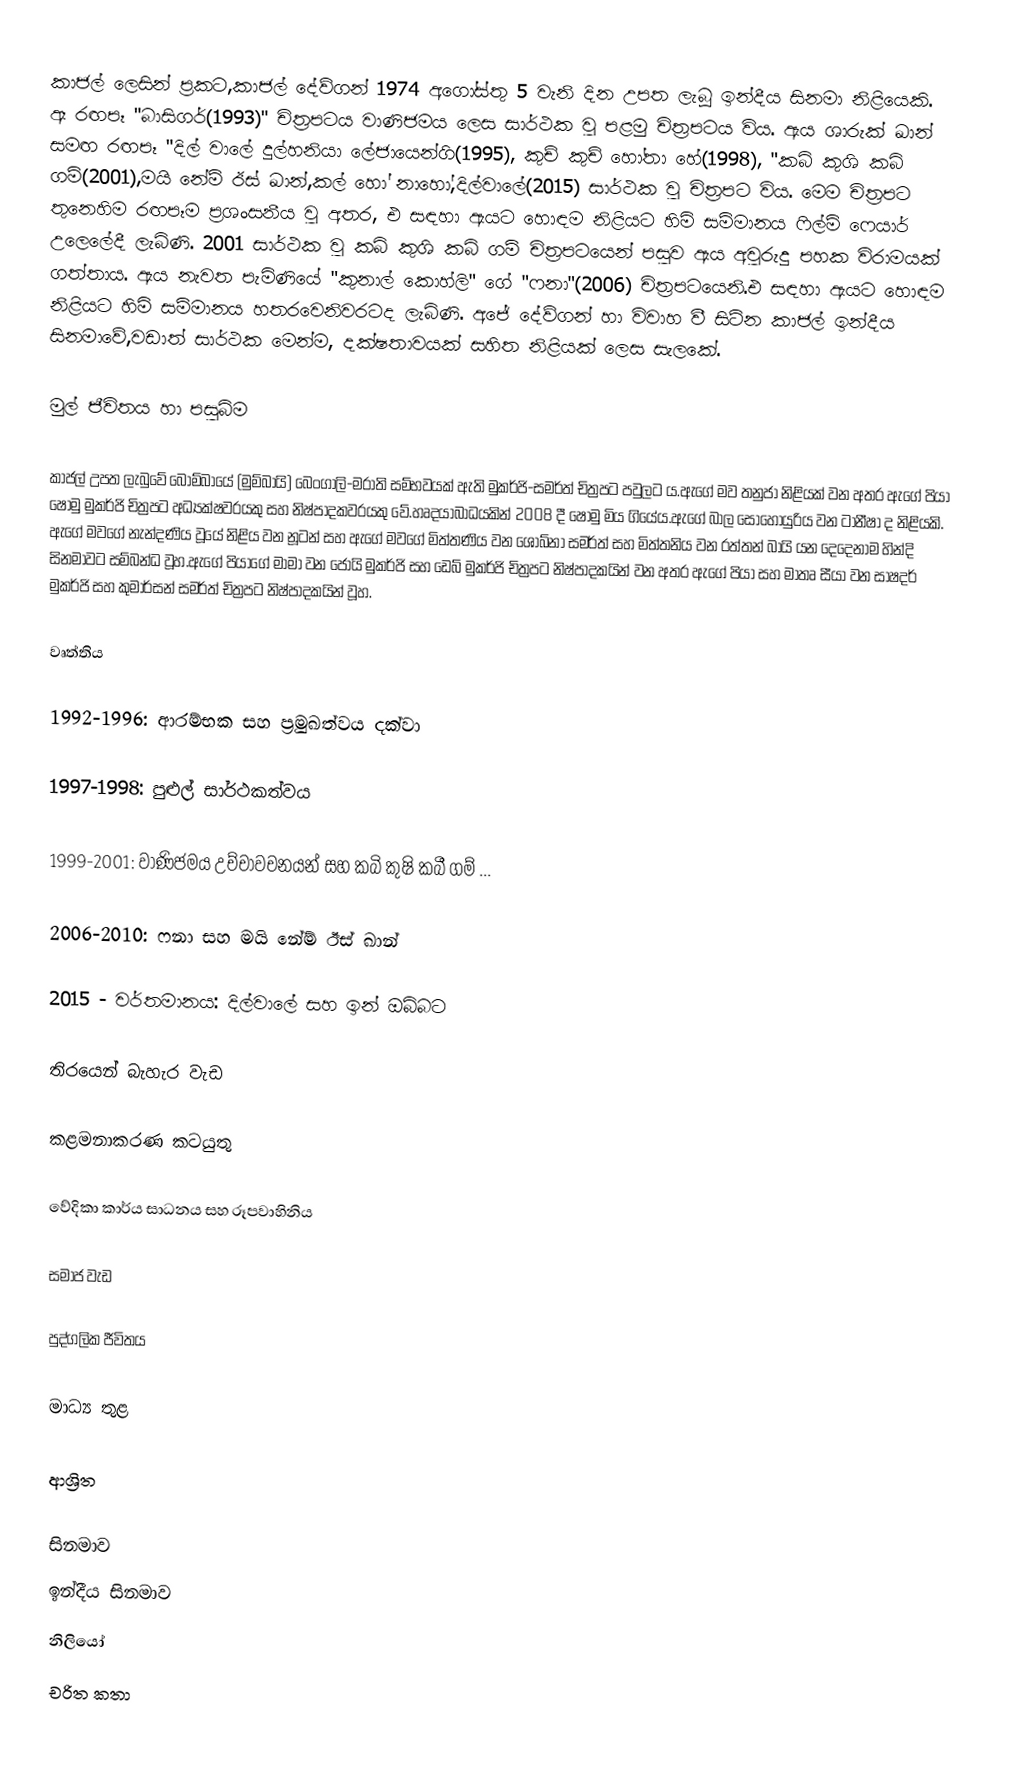
කාජල් ලෙසින් ප්‍රකට,කාජල් දේව්ගන් 1974 අගෝස්තු 5 වැනි දින උපත ලැබූ ඉන්දීය සිනමා නිළියෙකි. ඈ රඟපෑ "බාසිගර්(1993)" චිත්‍රපටය වාණිජමය ලෙස සාර්ථක වු පළමු චිත්‍රපටය විය. ඇය ශාරුක් ඛාන් සමඟ රඟපෑ "දිල් වාලේ දුල්හනියා ලේජායෙන්ගි(1995), කුච් කුච් හෝතා හේ(1998), "කබි කුශි කබි ගම්(2001),මයි නේම් ඊස් ඛාන්,කල් හෝ නාහෝ,දිල්වාලේ(2015) සාර්ථක වු චිත්‍රපට විය. මෙම චිත්‍රපට තුනෙහිම රඟපෑම ප්‍රශංසනීය වු අතර, එ සඳහා ඇයට හොඳම නිළියට හිමි සම්මානය ෆිල්ම් ෆෙයාර් උලෙලේදී ලැබිණි. 2001 සාර්ථක වු කබි කුශි කබි ගම් චිත්‍රපටයෙන් පසුව ඇය අවුරුදු පහක විරාමයක් ගත්තාය. ඇය නැවත පැමිණියේ "කුනාල් කොහ්ලි" ගේ "ෆනා"(2006) චිත්‍රපටයෙනි.එ සඳහා ඇයට හොඳම නිළියට හිමි සම්මානය හතරවෙනිවරටද ලැබිණි. අජේ දේව්ගන් හා විවාහ වී සිටින කාජල් ඉන්දීය සිනමාවේ,වඩාත් සාර්ථක මෙන්ම, දක්ෂතාවයක් සහිත නිළියක් ලෙස සැලකේ.

මුල් ජීවිතය හා පසුබිම

කාජල් උපත ලැබුවේ බොම්බායේ (මුම්බායි) බෙංගාලි-මරාති සම්භවයක් ඇති මුකර්ජි-සමර්ත් චිත්‍රපට පවුලට ය.ඇගේ මව තනුජා නිළියක් වන අතර ඇගේ පියා ෂෝමු මුකර්ජි චිත්‍රපට අධ්‍යක්ෂවරයකු සහ නිෂ්පාදකවරයකු වේ.හෘදයාබාධයකින් 2008 දී ෂෝමු මිය ගියේය.ඇගේ බාල සොහොයුරිය වන ටානීෂා ද නිළියකි. ඇගේ මවගේ නැන්දණිය වූයේ නිළිය වන නූටන් සහ ඇගේ මවගේ මිත්තණිය වන ශෝබ්නා සමර්ත් සහ මිත්තනිය වන රත්තන් බායි යන දෙදෙනාම හින්දි සිනමාවට සම්බන්ධ වූහ.ඇගේ පියාගේ මාමා වන ජෝයි මුකර්ජි සහ ඩෙබ් මුකර්ජි චිත්‍රපට නිෂ්පාදකයින් වන අතර ඇගේ පියා සහ මාතෘ සීයා වන සාෂදර් මුකර්ජි සහ කුමාර්සන් සමර්ත් චිත්‍රපට නිෂ්පාදකයින් වූහ.

වෘත්තිය

1992-1996: ආරම්භක සහ ප්‍රමුඛත්වය දක්වා

1997-1998: පුළුල් සාර්ථකත්වය

1999-2001: වාණිජමය උච්චාවචනයන් සහ කබි කුෂි කබී ගම් ...

2006-2010: ෆනා සහ මයි නේම් ඊස් ඛාන්

2015 - වර්තමානය: දිල්වාලේ සහ ඉන් ඔබ්බට

තිරයෙන් බැහැර වැඩ

කළමනාකරණ කටයුතු

වේදිකා කාර්ය සාධනය සහ රූපවාහිනිය

සමාජ වැඩ

පුද්ගලික ජීවිතය

මාධ්‍ය තුළ

ආශ්‍රිත

සිනමාව
ඉන්දීය සිනමාව
නිලියෝ
චරිත කතා